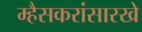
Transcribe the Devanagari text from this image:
म्हैसकरांसारखे